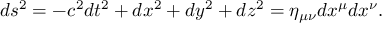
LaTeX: d s ^ { 2 } = - c ^ { 2 } d t ^ { 2 } + d x ^ { 2 } + d y ^ { 2 } + d z ^ { 2 } = \eta _ { \mu \nu } d x ^ { \mu } d x ^ { \nu } .